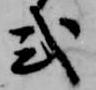
式